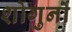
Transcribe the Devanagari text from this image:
शोगुनों